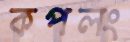
কপলং